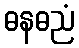
ဓနဓညံ